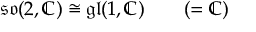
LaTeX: { \mathfrak { s o } } ( 2 , \mathbb { C } ) \cong { \mathfrak { g l } } ( 1 , \mathbb { C } ) \qquad ( = \mathbb { C } )